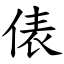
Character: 俵